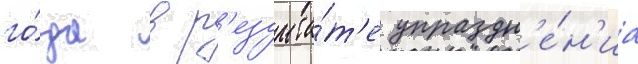
го́да в р'езульта́т'е упраздн'е́н'иа